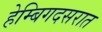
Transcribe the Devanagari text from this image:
हेम्बिगदसरात